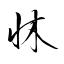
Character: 牀